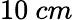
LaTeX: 10~cm